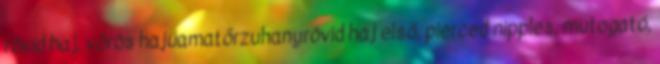
rövid haj, vörös hajúamatőrzuhanyrövid haj első, pierced nipples, mutogató,